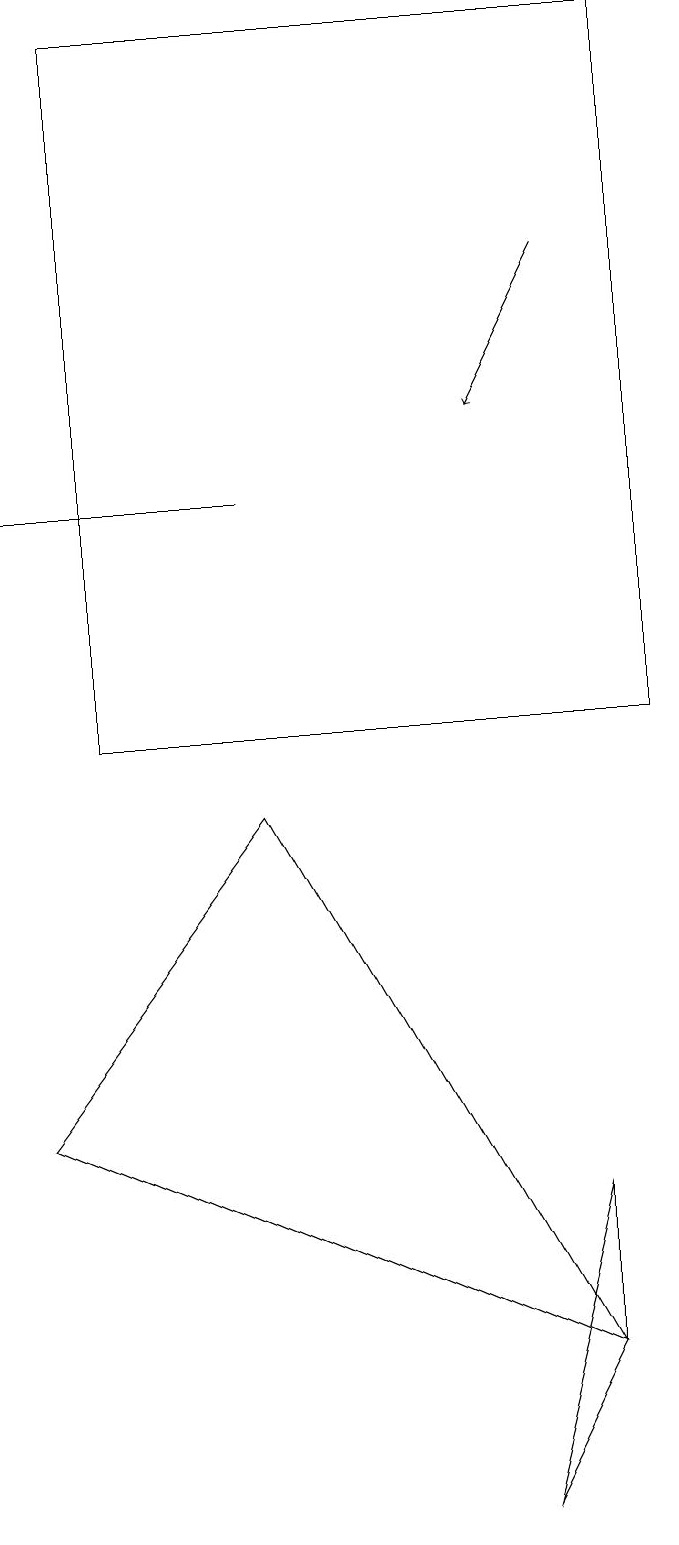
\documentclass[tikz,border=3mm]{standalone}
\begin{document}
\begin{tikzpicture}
\draw (6,0) -- (7,4) -- (7,2) -- cycle;
\draw (1,19) rectangle (8,10);
\draw (0,13) rectangle (3,13);
\draw (0,5) -- (7,2) -- (3,9) -- cycle;
\draw[->] (7,16) -- (6,14);
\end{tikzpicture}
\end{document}